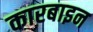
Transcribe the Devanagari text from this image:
कारबाइन